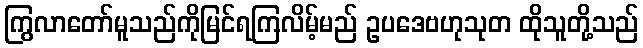
ကြွလာတော်မူသည်ကိုမြင်ရကြလိမ့်မည် ဥပဒေဗဟုသုတ ထိုသူတို့သည်